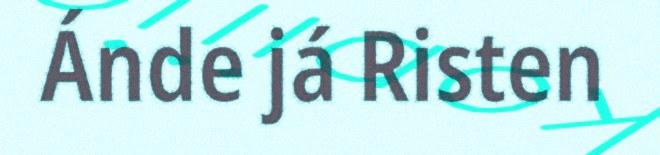
Ánde já Risten